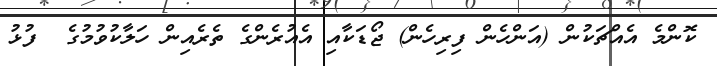
ކޮންމެ އެއްޗަކުން (އަންހެން ފިރިހެން) ޖޯޑަކާއި އެއުރެންގެ ތެރެއިން ހަލާކުވުމުގެ  ފުޅު